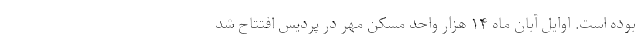
بوده است. اوایل آبان ماه ۱۴ هزار واحد مسکن مهر در پردیس افتتاح شد